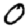
Digit: 0